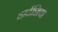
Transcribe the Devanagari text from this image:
हार्दशिवा